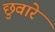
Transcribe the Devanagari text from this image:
छुवारे